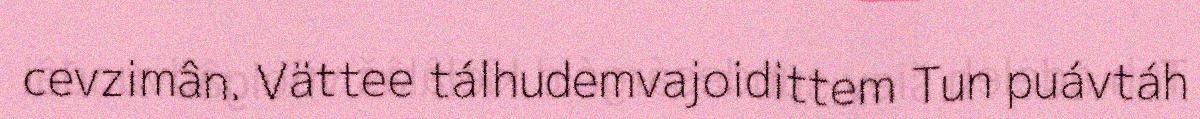
cevzimân. Vättee tálhudemvajoidittem Tun puávtáh